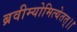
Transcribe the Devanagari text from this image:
ब्रवीम्योमित्येतत्।।